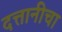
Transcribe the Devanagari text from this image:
दत्तानीचा